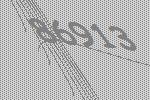
86913